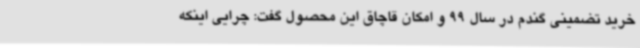
خرید تضمینی گندم در سال 99 و امکان قاچاق این محصول گفت: چرایی اینکه